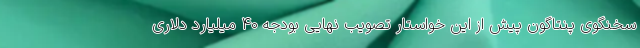
سخنگوی پنتاگون پیش از این خواستار تصویب نهایی بودجه ۴۰ میلیارد دلاری